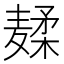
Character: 𱋣